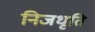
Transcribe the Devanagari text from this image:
निजधृति